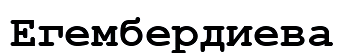
Егембердиева